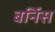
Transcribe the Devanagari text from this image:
बर्निस